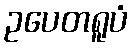
ဥပေတရူပံ